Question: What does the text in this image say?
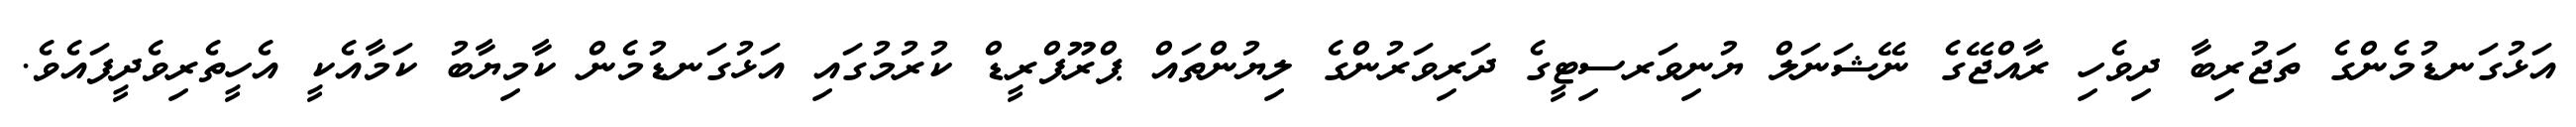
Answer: އަޅުގަނޑުމެންގެ ތަޖުރިބާ ދިވެހި ރާއްޖޭގެ ނޭޝަނަލް ޔުނިވަރސިޓީގެ ދަރިވަރުންގެ ލިޔުންތައް ޕްރޫފްރީޑް ކުރުމުގައި އަޅުގަނޑުމެން ކާމިޔާބު ކަމާއެކީ އެހީތެރިވެދީފައެވެ.